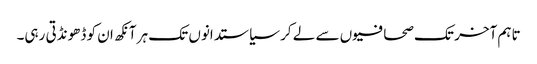
تاہم آخر تک صحافیوں سے لے کر سیاستدانوں تک ہر آنکھ ان کو ڈھونڈتی رہی۔